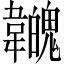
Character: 𩏳